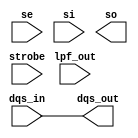
module bw_ioslave_dl(
	// inputs in alphabetical order
	dqs_in,
	lpf_out,
	se,
	si,
	strobe,
	//outputs in alphabetical order
	dqs_out,
	so          );

	input		dqs_in;
	input [4:0]	lpf_out;
	input		se;
	input		si;
	input		strobe;

	output		dqs_out;
	output		so;

       parameter DELAY = 1250;

        reg             dqs_out;

        // 1/4 cycle delay line.
        always @(dqs_in)
          begin
            dqs_out <= #DELAY dqs_in;
          end


endmodule